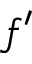
f ^ { \prime }